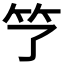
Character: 𮵫